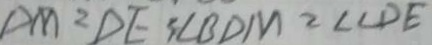
D M = D E 3 \angle B D M = \angle C D E